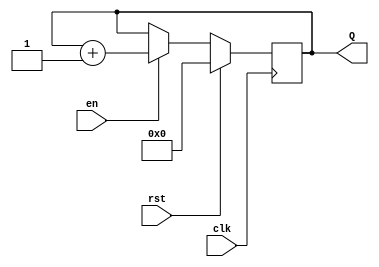
module binary_up_counter (
    input wire clk,        // Clock signal
    input wire rst,        // Active-high reset signal
    input wire en,         // Enable signal
    output reg [N-1:0] Q   // Output count value (N-bit wide)
);

parameter N = 4; // Number of bits in the counter (adjust as needed)

// Synchronous reset and counting logic
always @(posedge clk) begin
    if (rst) begin
        Q <= 0; // Reset the counter to zero
    end else if (en) begin
        Q <= Q + 1; // Increment the counter
    end
end

endmodule